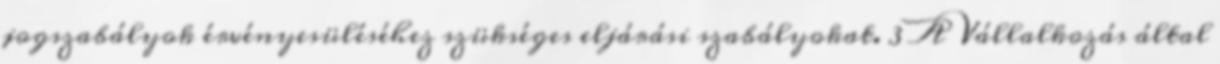
jogszabályok érvényesüléséhez szükséges eljárási szabályokat. 3 A Vállalkozás által